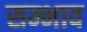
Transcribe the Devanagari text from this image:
सम्भाव